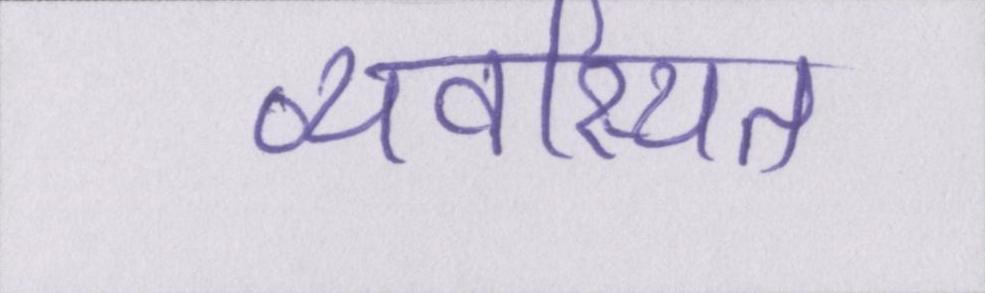
व्यवस्थित